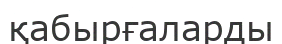
қабырғаларды